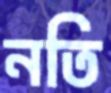
নতি